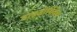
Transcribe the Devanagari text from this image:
डाइडोक्विन